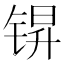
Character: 𮸒